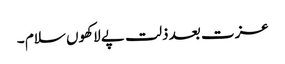
عزت بعد ذلت پے لاکھوں سلام ۔